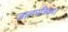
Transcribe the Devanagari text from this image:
जालपत्रिका।